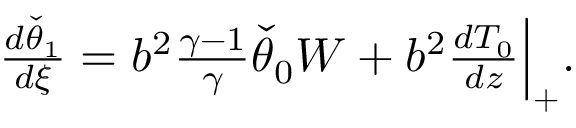
\begin{array} { r } { \frac { d \check { \theta } _ { 1 } } { d \xi } = b ^ { 2 } \frac { \gamma - 1 } { \gamma } \check { \theta } _ { 0 } W + b ^ { 2 } \frac { d { T } _ { 0 } } { d z } \Big | _ { + } . } \end{array}